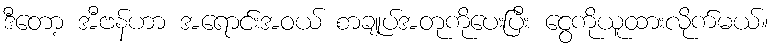
ဒီတော့ အီဗန်ဟာ အရောင်းအဝယ် စာချုပ်အတုကိုပေးပြီး ငွေကိုယူထားလိုက်မယ်။